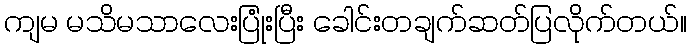
ကျမ မသိမသာလေးပြုံးပြီး ခေါင်းတချက်ဆတ်ပြလိုက်တယ်။